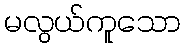
မလွယ်ကူသော